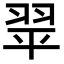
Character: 𦐜